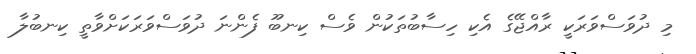
މި ދުވަސްވަރަކީ ރާއްޖޭގެ އެކި ހިސާބުތަކުން ވެސް ކިނބޫ ފެންނަ ދުވަސްވަރަކަށްވާތީ ކިނބުލާ